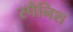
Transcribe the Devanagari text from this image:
स्‍पैनिश